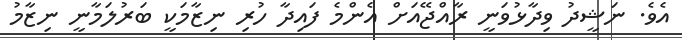
އެވެ. ނަޝީދު ވިދާޅުވަނީ ރާއްޖޭއަށް އެންމެ ފައިދާ ހުރި ނިޒާމަކީ ބަރުލަމާނީ ނިޒާމު